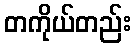
တကိုယ်တည်း